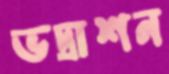
ভদ্রাশন